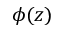
\phi ( z )